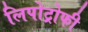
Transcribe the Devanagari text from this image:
लिपोट्रोफी